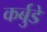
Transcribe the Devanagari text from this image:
कर्बुडे